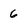
Character: 6